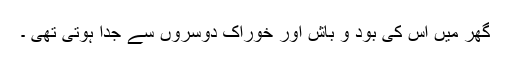
گھر میں اس کی بود و باش اور خوراک دوسروں سے جدا ہوتی تھی ۔